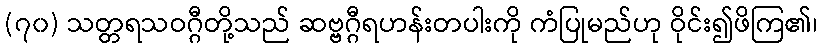
(၇၀) သတ္တရသဝဂ္ဂီတို့သည် ဆဗ္ဗဂ္ဂီရဟန်းတပါးကို ကံပြုမည်ဟု ဝိုင်း၍ဖိကြ၏၊